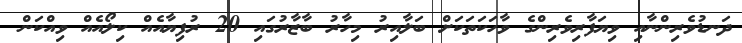
ދަނޑުވެރިންނާއި ވިޔަފާރިވެރިންގެ ވާހަކަތަކަށް ބަލާއިރު މިހާރު ބާޒާރުގައި 20 ރުފިޔާއެއް ކިލޯއެއް ވިއްކަން